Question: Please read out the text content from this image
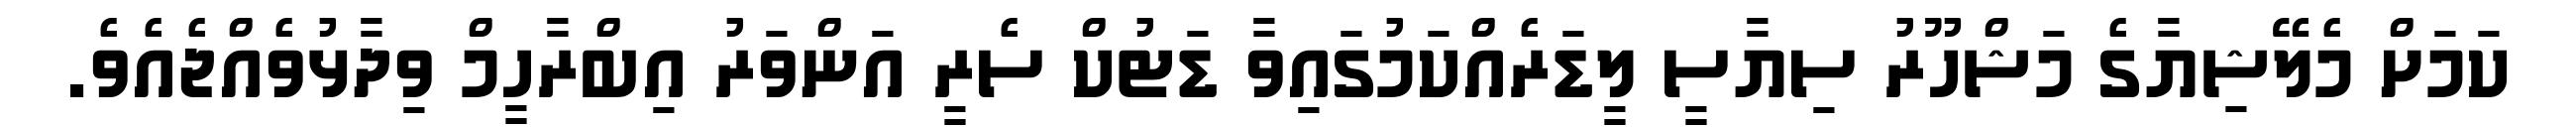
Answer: ކަމަށް މެލޭޝިޔާގެ މަޝްހޫރު ސިޔާސީ ލީޑަރެއްކަމުގައިވާ ޑަޓުކް ސެރީ އަންވަރު އިބްރާހީމް ވިދާޅުވެއްޖެއެވެ.